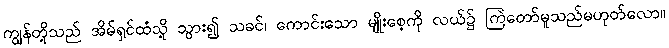
ကျွန်တို့သည် အိမ်ရှင်ထံသို့ သွား၍ သခင်၊ ကောင်းသော မျိုးစေ့ကို လယ်၌ ကြဲတော်မူသည်မဟုတ်လော။